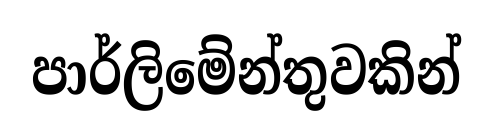
පාර්ලිමේන්තුවකින්